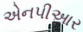
એનપીઆર